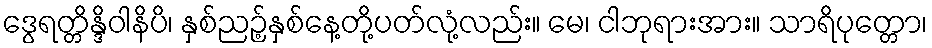
ဒွေရတ္တိန္ဒိဝါနိပိ၊ နှစ်ညဉ့်နှစ်နေ့တို့ပတ်လုံ့လည်း။ မေ၊ ငါဘုရားအား။ သာရိပုတ္တော၊